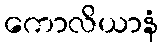
ကောလိယာနံ